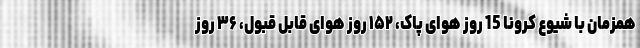
همزمان با شیوع کرونا 15 روز هوای پاک، ۱۵۲ روز هوای قابل قبول، ۳۶ روز